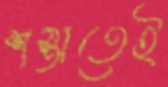
শস্তাতেই